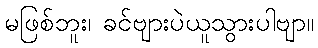
မဖြစ်ဘူး၊ ခင်ဗျားပဲယူသွားပါဗျာ။